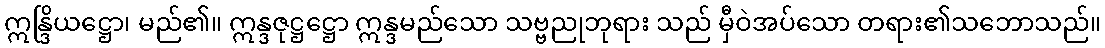
ဣန္ဒြိယဋ္ဌော၊ မည်၏။ ဣန္ဒဇုဋ္ဌဋ္ဌော ဣန္ဒမည်သော သဗ္ဗညုဘုရား သည် မှီဝဲအပ်သော တရား၏သဘောသည်။